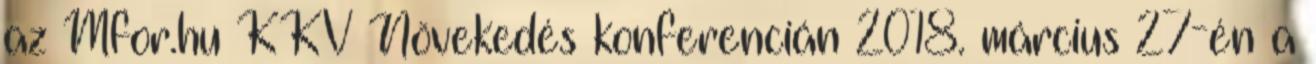
az Mfor.hu KKV Növekedés konferencián 2018. március 27-én a